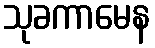
သုခကာမေန